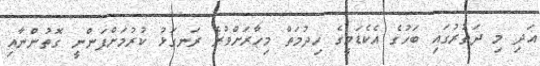
އަދި މި ދަތުރުގައި ބަހުގެ އެކެޑަމީގެ ހިދުމަތް މިހާރަށްވުރެ ރަނގަޅު ކުރުމަށްފަންނީ ގޮތުންނާއި